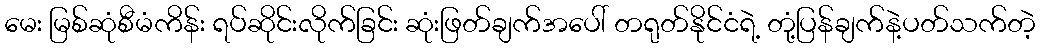
မေး မြစ်ဆုံစီမံကိန်း ရပ်ဆိုင်းလိုက်ခြင်း ဆုံးဖြတ်ချက်အပေါ် တရုတ်နိုင်ငံရဲ့ တုံ့ပြန်ချက်နဲ့ပတ်သက်တဲ့